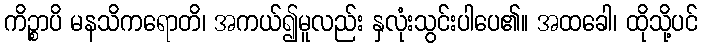
ကိဉ္စာပိ မနသိကရောတိ၊ အကယ်၍မူလည်း နှလုံးသွင်းပါပေ၏။ အထခေါ၊ ထိုသို့ပင်